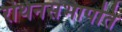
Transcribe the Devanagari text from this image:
रथिनसभापति